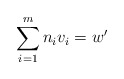
\begin{align*} \sum_{i=1}^{m} n_i v_i =w'\end{align*}